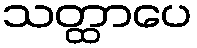
သတ္ထာပေ